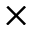
\times